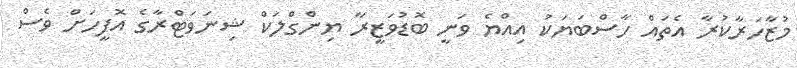
މުޒާހަރާކުރާ އެތައް ހާސްބަޔަކު އިއްޔެ ވަނީ ބޮޑުވަޒީރާ ޔިންގްލަކް ޝިނަވަޓްރާގެ އޮފީހަށް ވެސް